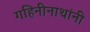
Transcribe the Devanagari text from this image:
गहिनीनाथांनी